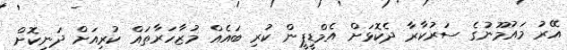
އޭރު މައުމޫނުގެ ސަރުކާރާ ދެކޮޅަށް އެމްޑީޕީން ކުރި ބައެއް މުޒާހަރާތައް ކުރިއަށް ދަނިކޮށް